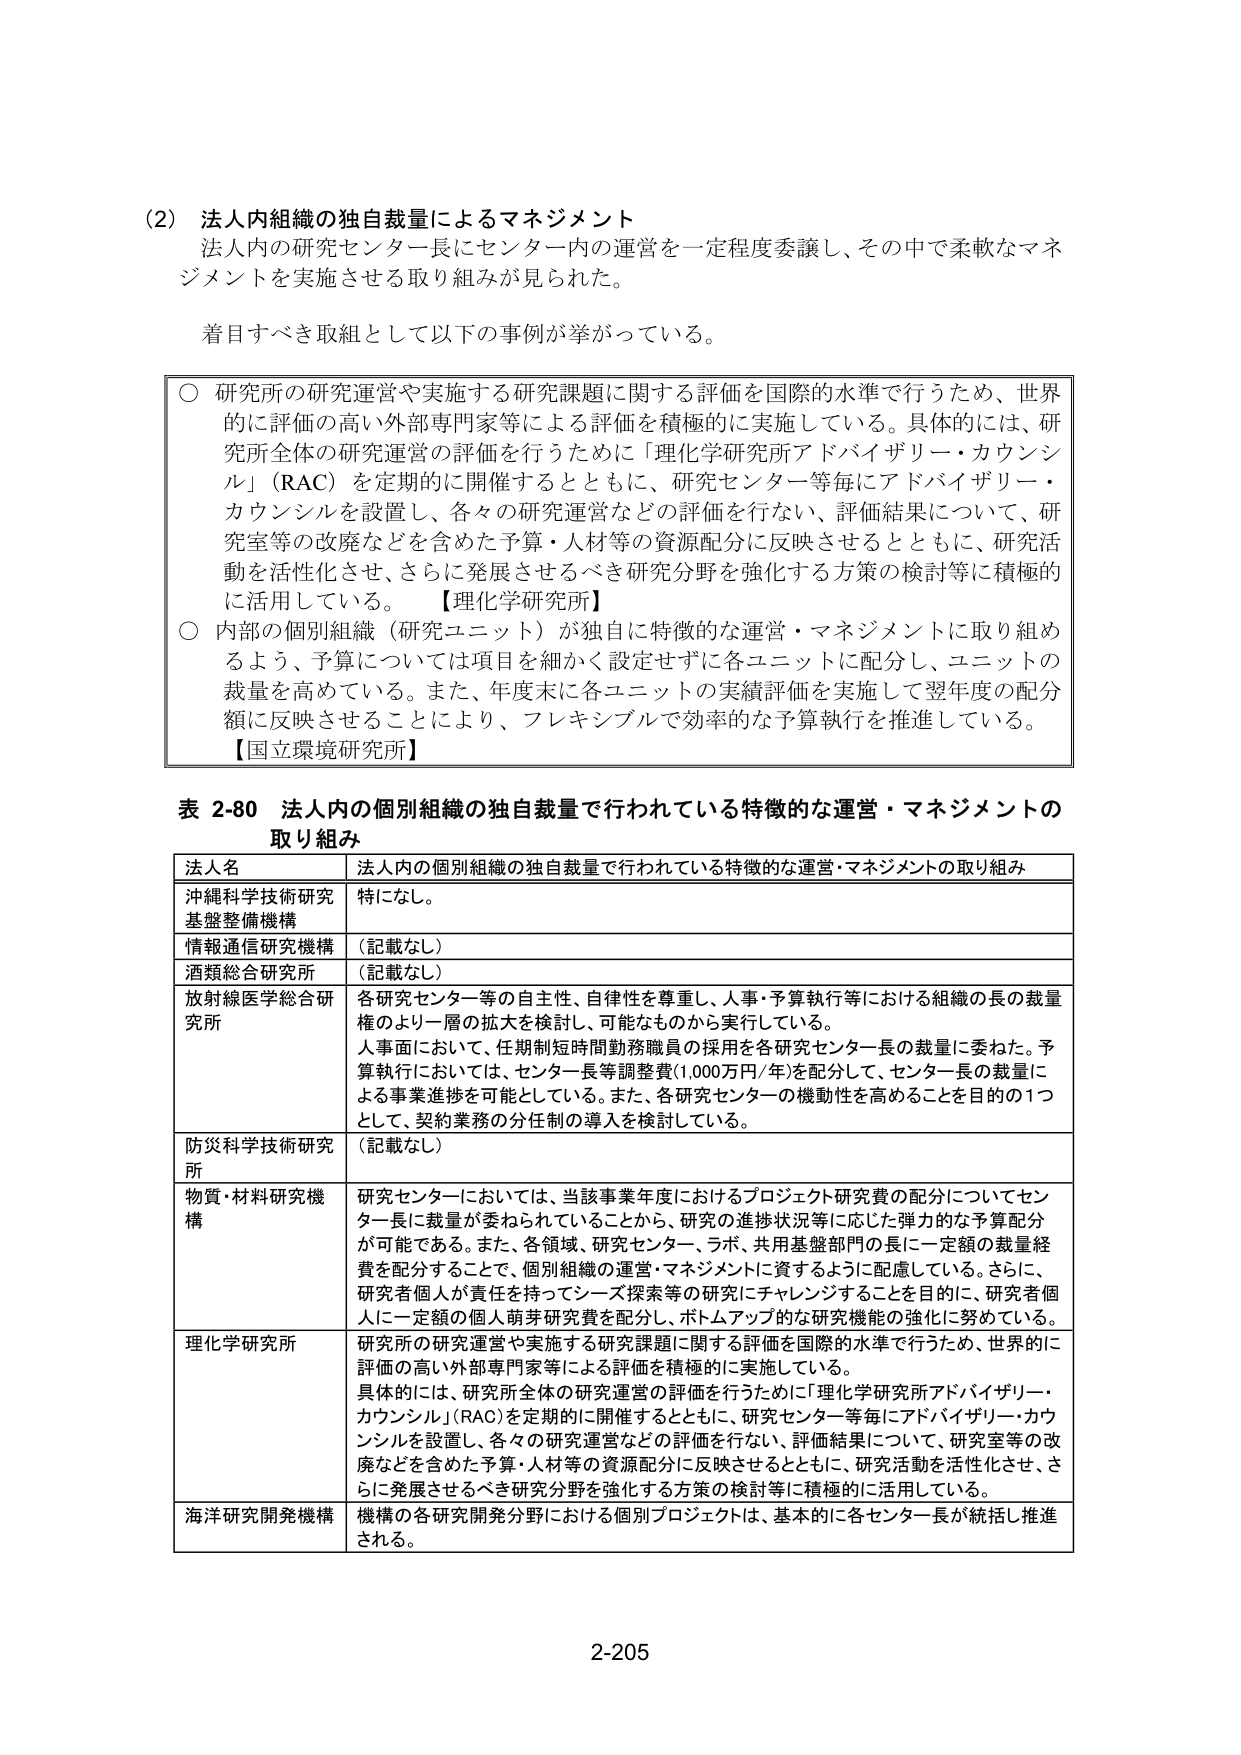
(2) 法人内組織の独自裁量によるマネジメント
法人内の研究センター長にセンター内の運営を一定程度委譲し、その中で柔軟なマネジメントを実施させる取り組みが見られた。

着目すべき取組として以下の事例が挙がっている。

○ 研究所の研究運営や実施する研究課題に関する評価を国際的水準で行うため、世界的に評価の高い外部専門家等による評価を積極的に実施している。具体的には、研究所全体の研究運営の評価を行うために「理化学研究所アドバイザリー・カウンシル」（RAC）を定期的に開催するとともに、研究センター等毎にアドバイザリー・カウンシルを設置し、各々の研究運営などの評価を行ない、評価結果について、研究室等の改廃などを含めた予算・人材等の資源配分に反映させるとともに、研究活動を活性化させ、さらに発展させるべき研究分野を強化する方策の検討等に積極的に活用している。【理化学研究所】

○ 内部の個別組織（研究ユニット）が独自に特徴的な運営・マネジメントに取り組めるよう、予算については項目を細かく設定せずに各ユニットに配分し、ユニットの裁量を高めている。また、年度末に各ユニットの実績評価を実施して翌年度の配分額に反映させることにより、フレキシブルで効率的な予算執行を推進している。【国立環境研究所】

表 2-80 法人内の個別組織の独自裁量で行われている特徴的な運営・マネジメントの取り組み

| 法人名 | 法人内の個別組織の独自裁量で行われている特徴的な運営・マネジメントの取り組み |
|---|---|
| 沖縄科学技術研究基盤整備機構 | 特になし。 |
| 情報通信研究機構 | （記載なし） |
| 酒類総合研究所 | （記載なし） |
| 放射線医学総合研究所 | 各研究センター等の自主性、自律性を尊重し、人事・予算執行等における組織の長の裁量権のより一層の拡大を検討し、可能なものから実行している。<br>人事面においては、任期制短時間勤務職員の採用を各研究センター長の裁量に委ねた。予算執行においては、センター長等調整費（1,000万円/年）を配分して、センター長の裁量による事業進捗を可能としている。また、各研究センターの機動性を高めることを目的の1つとして、契約業務の分任制の導入を検討している。 |
| 防災科学技術研究所 | （記載なし） |
| 物質・材料研究機構 | 研究センターにおいては、当該事業年度におけるプロジェクト研究費の配分についてセンター長に裁量が委ねられていることから、研究の進捗状況等に応じた弾力的な予算配分が可能である。また、各領域、研究センター、ラボ、共用基盤部門の長に一定額の裁量経費を配分することで、個別組織の運営・マネジメントに資するように配慮している。さらに、研究者個人が責任を持ってシーズ探索等の研究にチャレンジすることを目的に、研究者個人に一定額の個人萌芽研究費を配分し、ボトムアップ的な研究機能の強化に努めている。 |
| 理化学研究所 | 研究所の研究運営や実施する研究課題に関する評価を国際的水準で行うため、世界的に評価の高い外部専門家等による評価を積極的に実施している。<br>具体的には、研究所全体の研究運営の評価を行うために「理化学研究所アドバイザリー・カウンシル」（RAC）を定期的に開催するとともに、研究センター等毎にアドバイザリー・カウンシルを設置し、各々の研究運営などの評価を行ない、評価結果について、研究室等の改廃などを含めた予算・人材等の資源配分に反映させるとともに、研究活動を活性化させ、さらに発展させるべき研究分野を強化する方策の検討等に積極的に活用している。 |
| 海洋研究開発機構 | 機構の各研究開発分野における個別プロジェクトは、基本的に各センター長が統括し推進される。 |

2-205